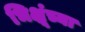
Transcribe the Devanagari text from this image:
भिक्षूंच्या